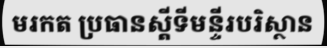
មរកត ប្រធានស្តីទីមន្ទីរបរិស្ថាន